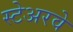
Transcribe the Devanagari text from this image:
स्टेअरवे